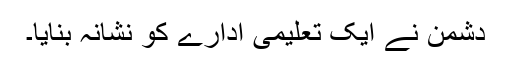
دشمن نے ایک تعلیمی ادارے کو نشانہ بنایا۔